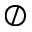
\oslash